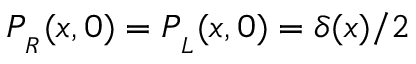
P _ { _ R } ( x , 0 ) = P _ { _ L } ( x , 0 ) = \delta ( x ) / 2